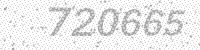
Solution: 720665